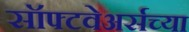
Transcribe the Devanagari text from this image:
सॉफ्टवेअर्सच्या